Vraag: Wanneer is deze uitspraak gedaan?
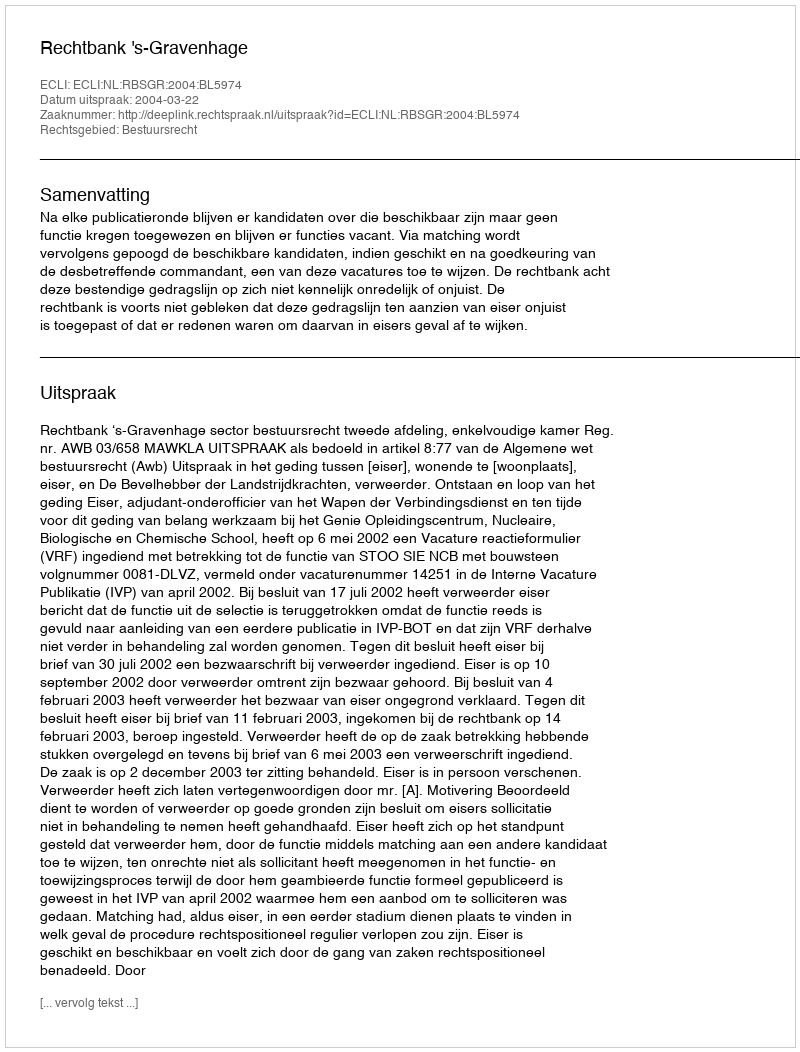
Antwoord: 2004-03-22